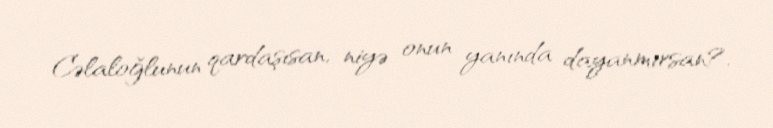
Cəlaloğlunun qardaşısan, niyə onun yanında dayanmırsan?.